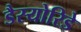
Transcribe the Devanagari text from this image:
डैस्योरिडे